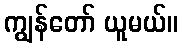
ကျွန်တော် ယူမယ်။